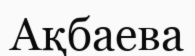
Ақбаева